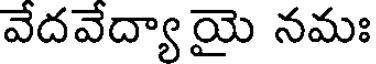
వేదవేద్యా యై నమః